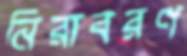
নিরাবরণ